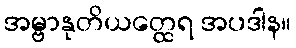
အမ္ဗာနုတိယတ္ထေရ အပဒါန။